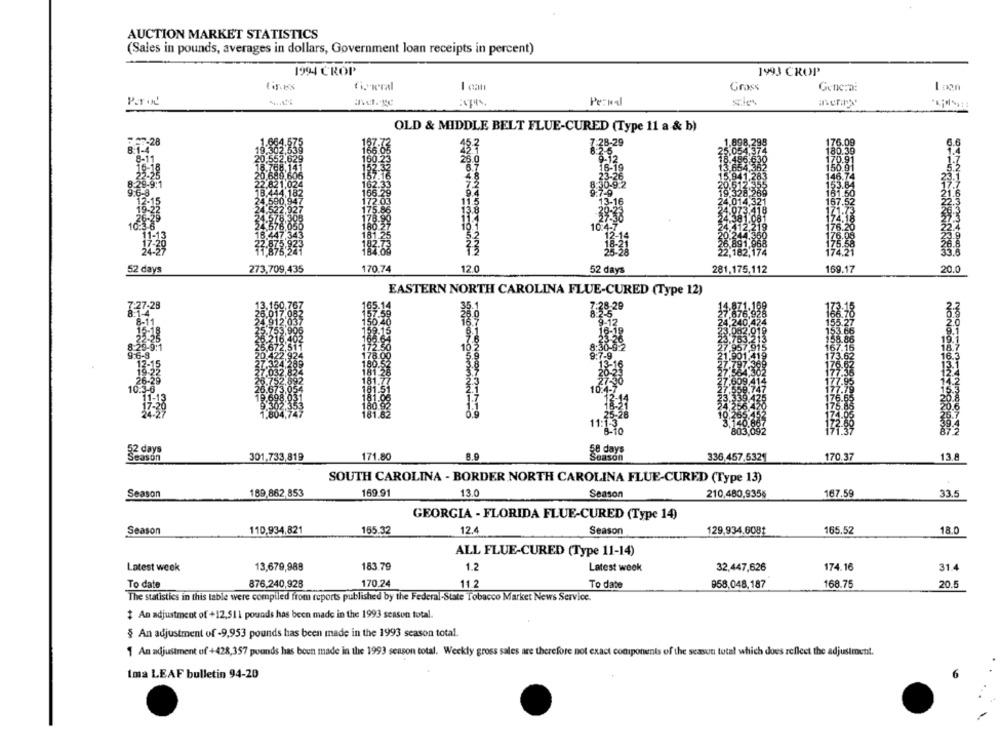
AUCTION MARKET STATISTICS
(Sales in pounds, averages in dollars, Government loan receipts in percent)
1994 CROP
1993 CROP
Gywral
-
Grass
Genera:
Par .2
Pe:ndl
OLD & MIDDLE BELT FLUE-CURED (Type 11 a & b)
7:28-29
153
52 days
273,709,435
170.74
12.0
52 days
281,175,112
169.17
20.0
EASTERN NORTH CAROLINA FLUE-CURED (Type 12)
27-28
:28-29
16.
NONCOCOON 598
52 days
58 days
Season
301.733,819
171.80
Season
336,457,5321
170.37
13.8
SOUTH CAROLINA - BORDER NORTH CAROLINA FLUE-CURED (Type 13)
Season
189,862,853
169.91
13.0
Season
210,480,9355
167.59
33.5
GEORGIA - FLORIDA FLUE-CURED (Type 14)
Season
110,934,821
165.32
12.4
Season
129,934.6081
165.52
18.0
ALL FLUE-CURED (Type 11-14)
Latest week
13,679,988
183 79
1.2
Latest week
32,447,626
174.16
31.4
To date
876,240,928
170.24
11.2
To date
958,048,187
168.75
20.5
The statistics in this table were compiled from reports published by the Federal-State Tobacco Market News Service.
$ An adjustment of +12,511 pounds has been made in the 1993 season total.
§ An adjustment of -9,953 pounds has been made in the 1993 season total.
1 An adjustment of +428,357 pounds has been made in the 1993 season total. Weekly gross sales are therefore not exact components of the seasun total which does reflect the adjustment.
Ima LEAF bulletin 94-20